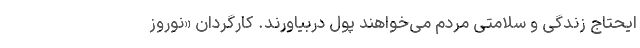
ایحتاج زندگی و سلامتی مردم می‌خواهند پول دربیاورند. کارگردان «نوروز